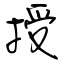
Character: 授